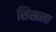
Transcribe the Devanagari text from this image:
सिखला